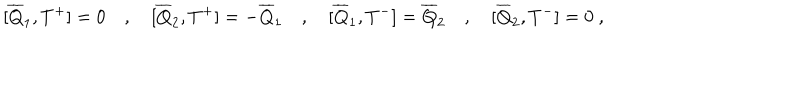
[ \overline { { { Q } } } _ { 1 } , T ^ { + } ] = 0 \quad , \quad [ \overline { { { Q } } } _ { 2 } , T ^ { + } ] = - \overline { { { Q } } } _ { 1 } \quad , \quad [ \overline { { { Q } } } _ { 1 } , T ^ { - } ] = \overline { { { Q } } } _ { 2 } \quad , \quad [ \overline { { { Q } } } _ { 2 } , T ^ { - } ] = 0 \ ,